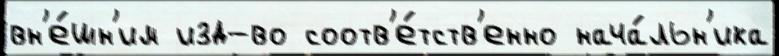
вн'е́шн'им изд-во соотв'е́тств'енно нача́льн'ика